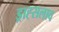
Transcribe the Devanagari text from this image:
ड्राह्सलाव